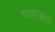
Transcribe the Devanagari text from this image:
गाभाऱ्याध्ये